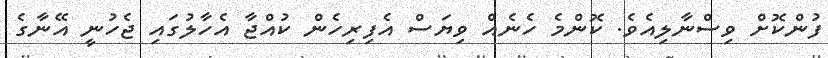
ފުންކޮށް ވިސްނާލިއެވެ. ކޮންމެ ހެނެއް ވިޔަސް އެފިރިހެން ކުއްޖާ އެހާލުގައި ޖެހުނީ އޭނާގެ